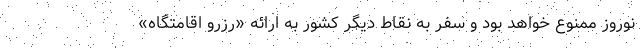
نوروز ممنوع خواهد بود و سفر به نقاط دیگر کشور به ارائه «رزرو اقامتگاه»